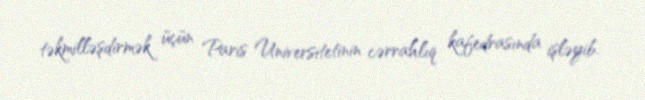
təkmilləşdirmək üçün Paris Universitetinin cərrahlıq kafedrasında işləyib.